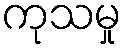
ကုသမှု